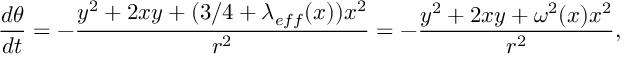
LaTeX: { \frac { d \theta } { d t } } = - { \frac { y ^ { 2 } + 2 x y + ( 3 / 4 + \lambda _ { e f f } ( x ) ) x ^ { 2 } } { r ^ { 2 } } } = - { \frac { y ^ { 2 } + 2 x y + \omega ^ { 2 } ( x ) x ^ { 2 } } { r ^ { 2 } } } ,